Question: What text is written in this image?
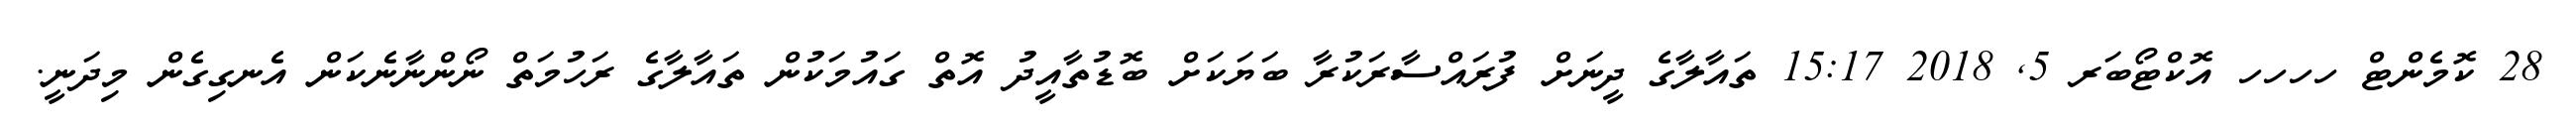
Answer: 28 ކޮމެންޓް ހހހހ އޮކްޓޯބަރ 5, 2018 15:17 ތައާލާގެ ދީނަށް ފުރައްސާރަކުރާ ބަޔަކަށް ބޮޑުތާއީދު އޮތް ގައުމަކުން ތައާލާގެ ރަހުމަތް ނޯންނާނެކަން އެނގިގެން މިދަނީ.